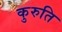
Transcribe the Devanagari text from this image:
कुरुति